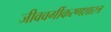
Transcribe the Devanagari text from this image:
जीववर्गीकरणशास्त्र